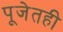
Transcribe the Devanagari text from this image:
पूजेतही